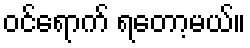
ဝင်ရောက် ရတော့မယ်။